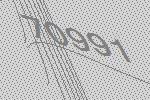
70991